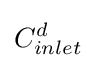
C_{inlet}^{d}